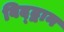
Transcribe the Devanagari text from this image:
विद्द्वान